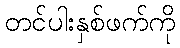
တင်ပါးနှစ်ဖက်ကို